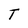
Character: T